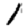
Digit: 1